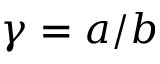
\gamma = a / b